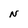
Character: N